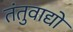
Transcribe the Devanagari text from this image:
तंतुवाद्यों